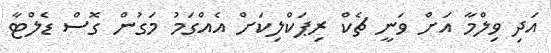
އަދި ވިލްމާ އަށް ވަނީ ޗެކް ރިޕަކްލިކަށް އެއްގަމު މަގުން ގޮސް ޑެލްޓާ